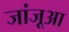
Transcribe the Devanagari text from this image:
जांजूआ